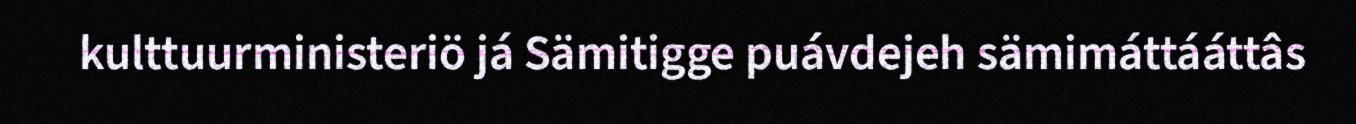
kulttuurministeriö já Sämitigge puávdejeh sämimáttááttâs